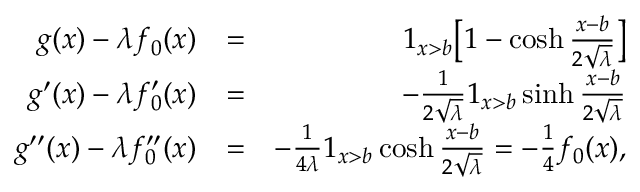
\begin{array} { r l r } { g ( x ) - \lambda f _ { 0 } ( x ) } & { = } & { 1 _ { x > b } \big [ 1 - \cosh \frac { x - b } { 2 \sqrt { \lambda } } \big ] } \\ { g ^ { \prime } ( x ) - \lambda f _ { 0 } ^ { \prime } ( x ) } & { = } & { - \frac { 1 } { 2 \sqrt { \lambda } } 1 _ { x > b } \sinh \frac { x - b } { 2 \sqrt { \lambda } } } \\ { g ^ { \prime \prime } ( x ) - \lambda f _ { 0 } ^ { \prime \prime } ( x ) } & { = } & { - \frac { 1 } { 4 \lambda } 1 _ { x > b } \cosh \frac { x - b } { 2 \sqrt { \lambda } } = - \frac { 1 } { 4 } f _ { 0 } ( x ) , } \end{array}